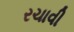
રચાવી